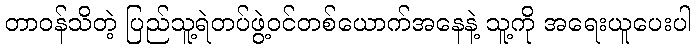
တာဝန်သိတဲ့ ပြည်သူ့ရဲတပ်ဖွဲ့ဝင်တစ်ယောက်အနေနဲ့ သူ့ကို အရေးယူပေးပါ